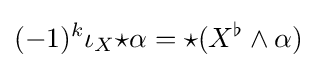
(-1)^{k}\iota _{X}{\star }\alpha ={\star }(X^{\flat }\wedge \alpha )